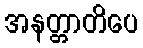
အနတ္တာတိပေ